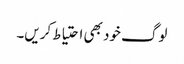
لوگ خود بھی احتیاط کریں۔